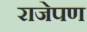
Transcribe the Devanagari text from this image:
राजेपण